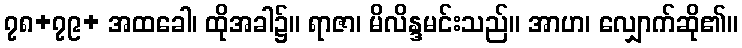
၇၈+၇၉+ အထခေါ၊ ထိုအခါ၌။ ရာဇာ၊ မိလိန္ဒမင်းသည်။ အာဟ၊ လျှောက်ဆို၏။